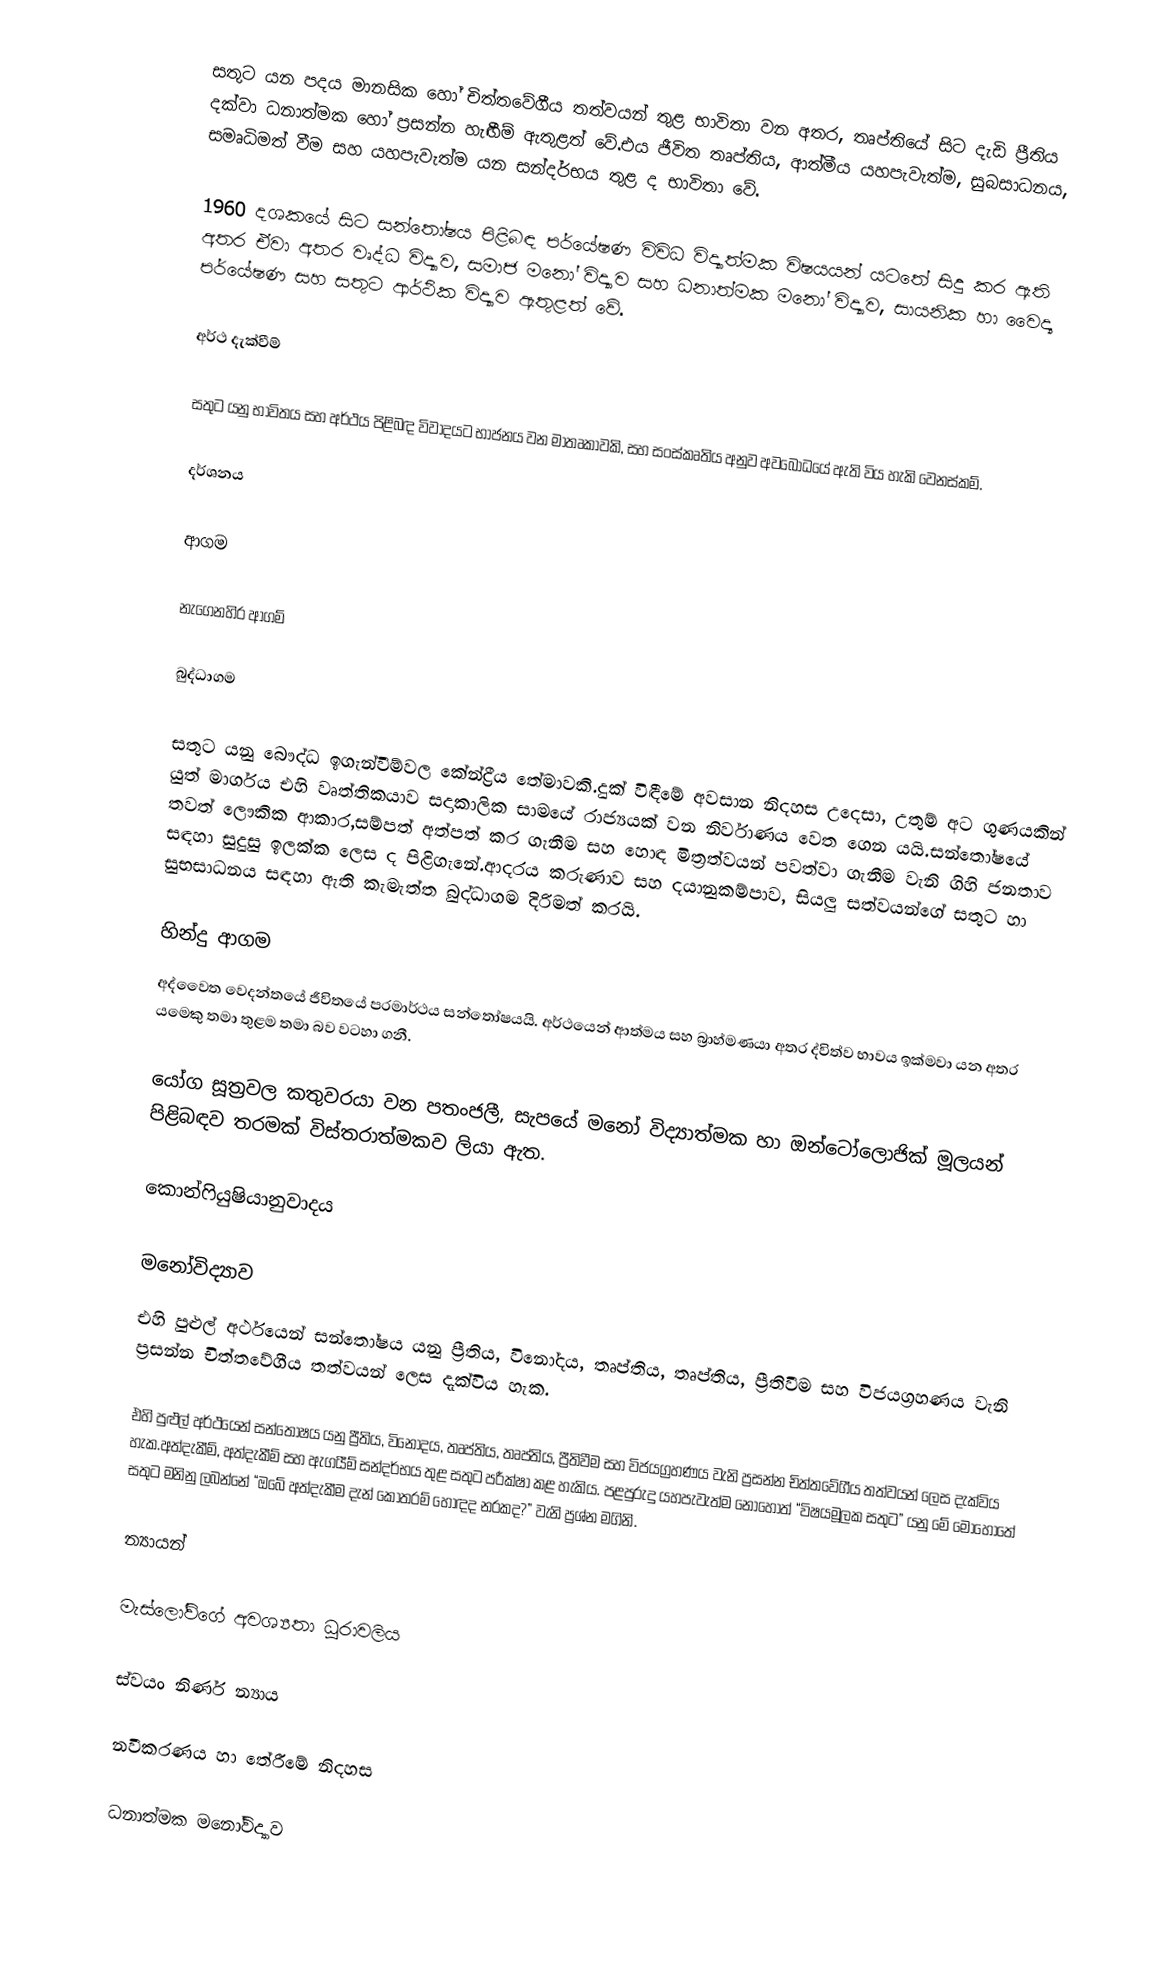
සතුට යන පදය මානසික හෝ චිත්තවේගීය තත්වයන් තුළ භාවිතා වන අතර, තෘප්තියේ සිට දැඩි ප්‍රීතිය දක්වා ධනාත්මක හෝ ප්‍රසන්න හැඟීම් ඇතුළත් වේ.එය ජීවිත තෘප්තිය, ආත්මීය යහපැවැත්ම, සුබසාධනය, සමෘධිමත් වීම සහ යහපැවැත්ම යන සන්දර්භය තුළ ද භාවිතා වේ.

1960 දශකයේ සිට සන්තෝෂය පිළිබඳ පර්යේෂණ විවිධ විද්‍යාත්මක විෂයයන් යටතේ සිදු කර ඇති අතර ඒවා අතර වෘද්ධ විද්‍යාව, සමාජ මනෝ විද්‍යාව සහ ධනාත්මක මනෝ විද්‍යාව, සායනික හා වෛද්‍ය පර්යේෂණ සහ සතුට ආර්ථික විද්‍යාව ඇතුළත් වේ.

අර්ථ දැක්වීම්

සතුට යනු භාවිතය සහ අර්ථය පිළිබඳ විවාදයට භාජනය වන මාතෘකාවකි, සහ සංස්කෘතිය අනුව අවබෝධයේ ඇති විය හැකි වෙනස්කම්.

දර්ශනය

ආගම

නැගෙනහිර ආගම්

බුද්ධාගම

සතුට යනු බෞද්ධ ඉගැන්වීම්වල කේන්ද්‍රීය තේමාවකි.දුක් විඳීමේ අවසාන නිදහස උදෙසා, උතුම් අට ගුණයකින් යුත් මාර්ගය එහි වෘත්තිකයාව සදාකාලික සාමයේ රාජ්‍යයක් වන නිර්වාණය වෙත ගෙන යයි.සන්තෝෂයේ තවත් ලෞකික ආකාර,සම්පත් අත්පත් කර ගැනීම සහ හොඳ මිත්‍රත්වයන් පවත්වා ගැනීම වැනි ගිහි ජනතාව සඳහා සුදුසු ඉලක්ක ලෙස ද පිළිගැනේ.ආදරය කරුණාව සහ දයානුකම්පාව, සියලු සත්වයන්ගේ සතුට හා සුභසාධනය සඳහා ඇති කැමැත්ත බුද්ධාගම දිරිමත් කරයි.

හින්දු ආගම
අද්වෛත වෙදන්‍තයේ ජීවිතයේ පරමාර්ථය සන්තෝෂයයි. අර්ථයෙන් ආත්මය සහ බ්‍රාහ්මණයා අතර ද්විත්ව භාවය ඉක්මවා යන අතර යමෙකු තමා තුළම තමා බව වටහා ගනී.

යෝග සූත්‍රවල කතුවරයා වන පතංජලී, සැපයේ මනෝ විද්‍යාත්මක හා ඔන්ටෝලොජික් මූලයන් පිළිබඳව තරමක් විස්තරාත්මකව ලියා ඇත.

කොන්ෆියුෂියානුවාදය

මනෝවිද්‍යාව
එහි පුළුල් අර්ථයෙන් සන්තෝෂය යනු ප්‍රීතිය, විනෝදය, තෘප්තිය, තෘප්තිය, ප්‍රීතිවීම සහ විජයග්‍රහණය වැනි ප්‍රසන්න චිත්තවේගීය තත්වයන් ලෙස දැක්විය හැක.

එහි පුළුල් අර්ථයෙන් සන්තෝෂය යනු ප්‍රීතිය, විනෝදය, තෘප්තිය, තෘප්තිය, ප්‍රීතිවීම සහ විජයග්‍රහණය වැනි ප්‍රසන්න චිත්තවේගීය තත්වයන් ලෙස දැක්විය හැක.අත්දැකීම්, අත්දැකීම් සහ ඇගයීම් සන්දර්භය තුළ සතුට පරීක්ෂා කළ හැකිය. පළපුරුදු යහපැවැත්ම නොහොත් “විෂයමූලක සතුට” යනු මේ මොහොතේ සතුට මනිනු ලබන්නේ “ඔබේ අත්දැකීම දැන් කොතරම් හොඳද නරකද?” වැනි ප්‍රශ්න මගිනි.

න්‍යායන්

මැස්ලෝව්ගේ අවශ්‍යතා ධූරාවලිය

ස්වයං නිර්ණ න්‍යාය

නවීකරණය හා තේරීමේ නිදහස

ධනාත්මක මනෝවිද්‍යාව